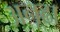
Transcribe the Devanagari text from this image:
अनूढा